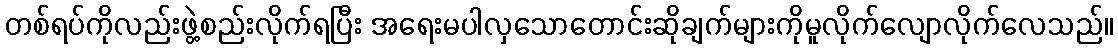
တစ်ရပ်ကိုလည်းဖွဲ့စည်းလိုက်ရပြီး အရေးမပါလှသောတောင်းဆိုချက်များကိုမူလိုက်လျောလိုက်လေသည်။